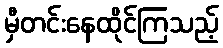
မှီတင်းနေထိုင်ကြသည့်